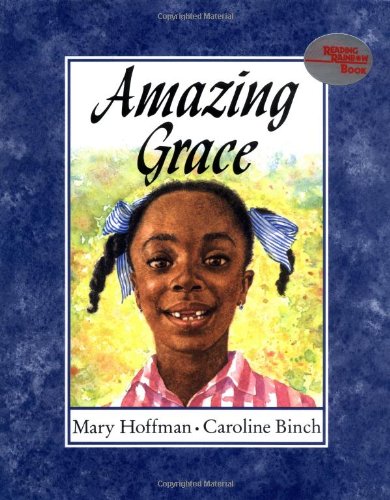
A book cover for Amazing Grace (Reading Rainbow Books); Mary Hoffman; Children's Books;